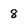
Character: 8